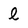
Character: l